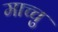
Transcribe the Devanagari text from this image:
माच्चु